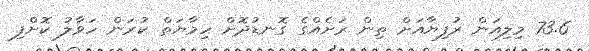
73.6 މިލިއަން ރުފިޔާއަށް ތިން ރަށެއްގެ ގޮނޑުދޮށް ހިމާޔަތް ކުރަން ހަވާލު ކޮށްފި